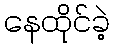
နေထိုင်ခဲ့